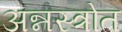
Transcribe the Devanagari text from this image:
अन्नस्त्रोत